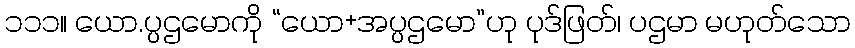
၁၁၁။ ယော.ပ္ပဌမောကို “ယော+အပ္ပဌမော”ဟု ပုဒ်ဖြတ်၊ ပဌမာ မဟုတ်သော